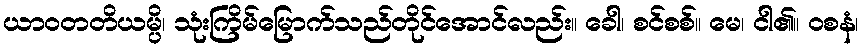
ယာဝတတိယမ္ပိ၊ သုံးကြိမ်မြောက်သည်တိုင်အောင်လည်း။ ခေါ၊ စင်စစ်။ မေ၊ ငါ၏။ ဝစနံ၊